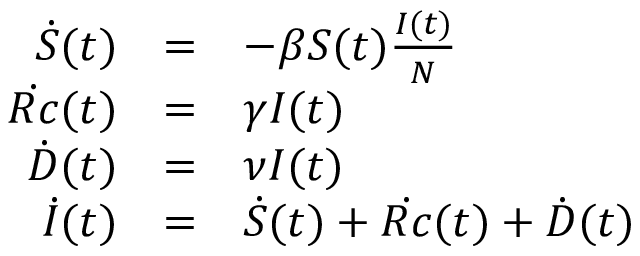
\begin{array} { r c l } { \dot { S } ( t ) } & { = } & { - \beta S ( t ) \frac { I ( t ) } { N } } \\ { \dot { R c } ( t ) } & { = } & { \gamma I ( t ) } \\ { \dot { D } ( t ) } & { = } & { \nu I ( t ) } \\ { \dot { I } ( t ) } & { = } & { \dot { S } ( t ) + \dot { R c } ( t ) + \dot { D } ( t ) } \end{array}